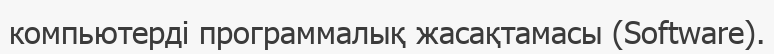
компьютерді программалық жасақтамасы (Software).